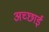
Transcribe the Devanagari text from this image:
अच्‍छाई